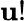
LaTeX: \mathbf{u}!